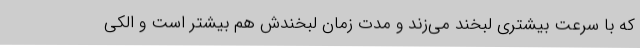
که با سرعت بیشتری لبخند می‌زند و مدت زمان لبخندش هم بیشتر است و الکی